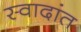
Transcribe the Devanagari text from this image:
स्वादांत